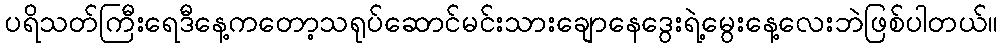
ပရိသတ်ကြီးရေဒီနေ့ကတော့သရုပ်ဆောင်မင်းသားချောနေဒွေးရဲ့မွေးနေ့လေးဘဲဖြစ်ပါတယ်။